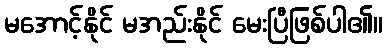
မအောင့်နိုင် မအည်းနိုင် မေးပြီဖြစ်ပါ၏။